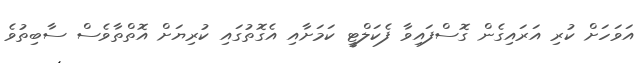
އަވަހަށް ކުރި އަރައިގެން ގޮސްފައިވާ ފެކަލްޓީ ކަމަށާއި އެގޮތުގައި ކުރިޔަށް އޮތްތާވެސް ސާބިތުވެ